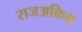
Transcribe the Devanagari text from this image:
राजअकिय